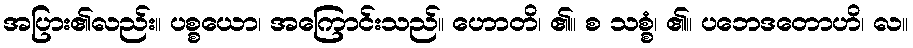
အပြား၏လည်း။ ပစ္စယော၊ အကြောင်းသည်။ ဟောတိ၊ ၏။ စ သစ္စံ၊ ၏။ ပဘေဒတောဟိ၊ လ။